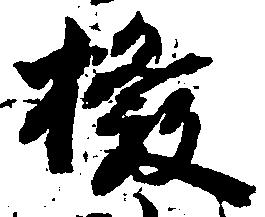
揆